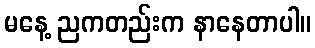
မနေ့ ညကတည်းက နာနေတာပါ။